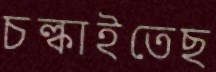
চল্‌কাইতেছ